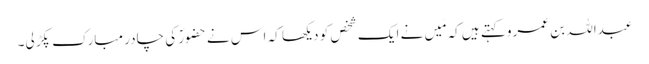
عبداللہ بن عمرو کہتے ہیں کہ مَیں نے ایک شخص کو دیکھا کہ اس نے حضورؐ کی چادر مبارک پکڑ لی۔